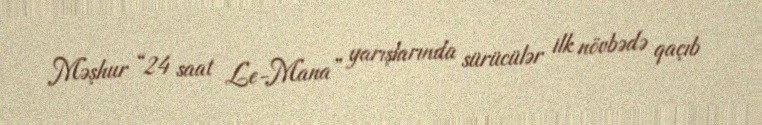
Məşhur “24 saat Le-Mana” yarışlarında sürücülər ilk növbədə qaçıb